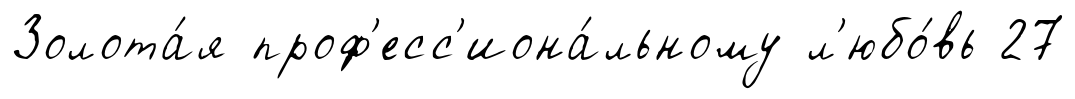
Золота́я проф'есс'иона́льному л'юбо́вь 27